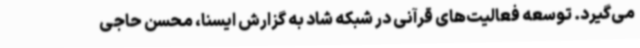
می‌گیرد. توسعه فعالیت‌های قرآنی در شبکه شاد به گزارش ایسنا، محسن حاجی